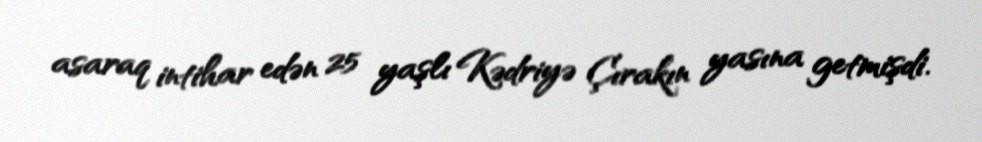
asaraq intihar edən 25 yaşlı Kədriyə Çırakın yasına getmişdi.